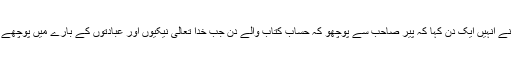
تو حضرت خلیفہ اوّلؓ نے اُنہیں ایک دن کہا کہ پیر صاحب سے پوچھو کہ حساب کتاب والے دن جب خدا تعالیٰ نیکیوں اور عبادتوں کے بارے میں پوچھے گا تو کیا جواب دوں؟